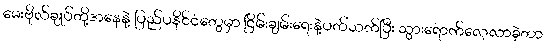
မေးဗိုလ်ချုပ်တို့အနေနဲ့ ပြည်ပနိုင်ငံတွေမှာ ငြိမ်းချမ်းရေးနဲ့ပတ်သက်ပြီး သွားရောက်လေ့လာခဲ့တာ